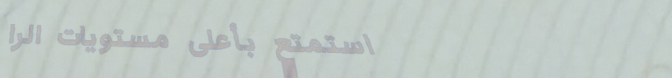
استمتع بأعلى مستويات الرا